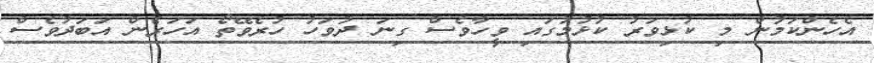
އެހެންކަމުން މި ކުޅިވަރު ކުޅުމުގައި ވީހާވެސް ގިނަ ދުވަހު ހުރެވޭތޯ އަހަރެން އަބަދުވެސް